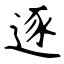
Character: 逐